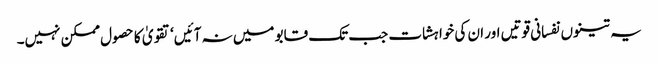
یہ تینوں نفسانی قوتیں اور ان کی خواہشات جب تک قابو میں نہ آئیں‘ تقویٰ کا حصول ممکن نہیں۔